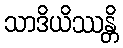
သာဒိယိဿန္တိ